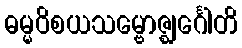
ဓမ္မဝိစယသမ္ဗောဇ္ဈင်္ဂေါတိ